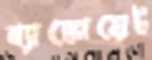
ব্যাঙ্কোয়েট